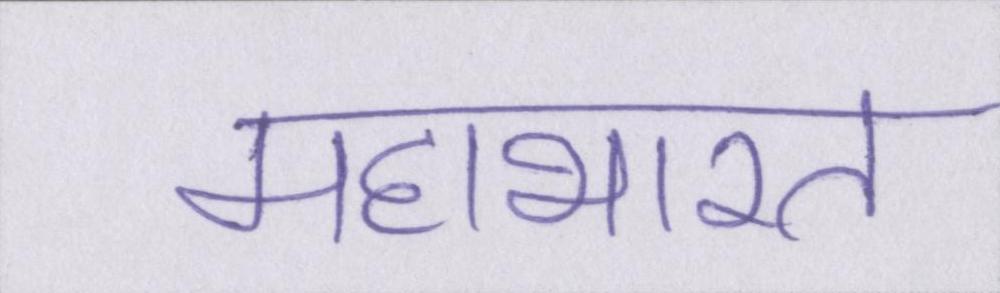
महाभारत